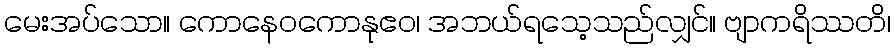
မေးအပ်သော။ ကောနေဝကောနုဧဝ၊ အဘယ်ရသေ့သည်လျှင်။ ဗျာကရိဿတိ၊